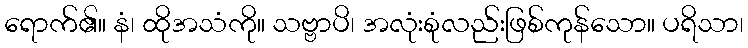
ရောက်၏။ နံ၊ ထိုအသံကို။ သဗ္ဗာပိ၊ အလုံးစုံလည်းဖြစ်ကုန်သော။ ပရိသာ၊